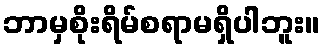
ဘာမှစိုးရိမ်စရာမရှိပါဘူး။